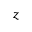
z